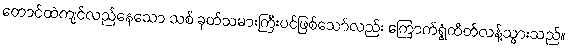
တောင်ထဲကျင်လည်နေသော သစ် ခုတ်သမားကြီးပင်ဖြစ်သော်လည်း ကြောက်ရွံ့ထိတ်လန့်သွားသည်။